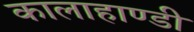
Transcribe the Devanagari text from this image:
कालाहाण्डी